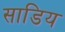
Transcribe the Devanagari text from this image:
साडिय